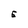
Character: E